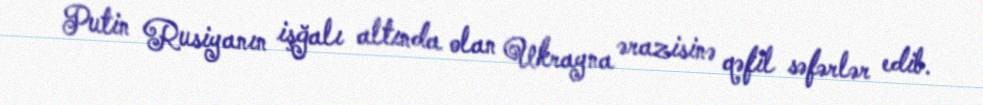
Putin Rusiyanın işğalı altında olan Ukrayna ərazisinə qəfil səfərlər edib.